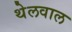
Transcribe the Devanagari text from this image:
थेलवाल